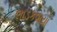
લાડકવાયો